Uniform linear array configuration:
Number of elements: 4
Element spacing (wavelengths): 0.5
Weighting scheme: kaiser
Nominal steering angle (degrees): -60
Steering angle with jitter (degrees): -59.251
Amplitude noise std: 0.05
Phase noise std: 0.05

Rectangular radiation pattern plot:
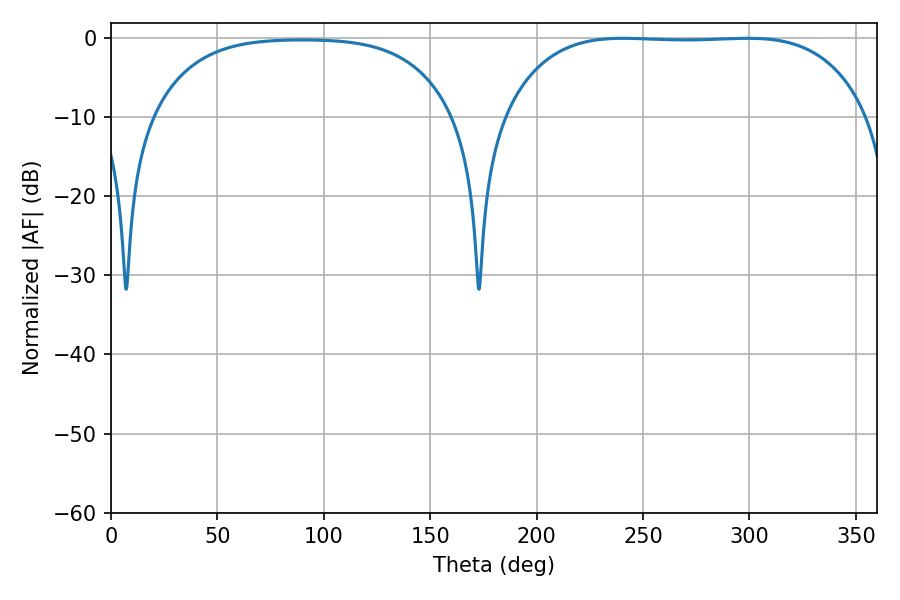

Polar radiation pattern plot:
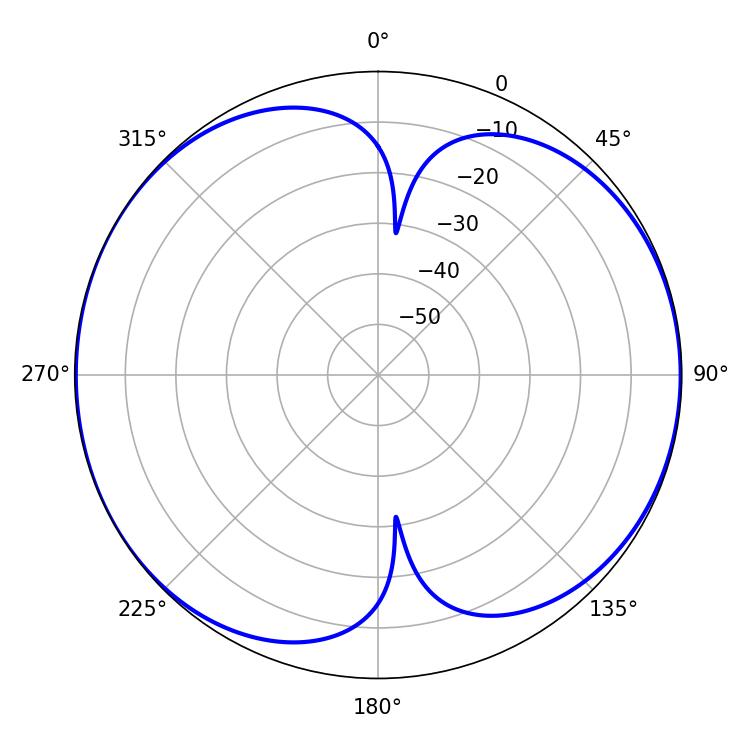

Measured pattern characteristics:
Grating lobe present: FALSE
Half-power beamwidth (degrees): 132.84
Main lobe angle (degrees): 240.66